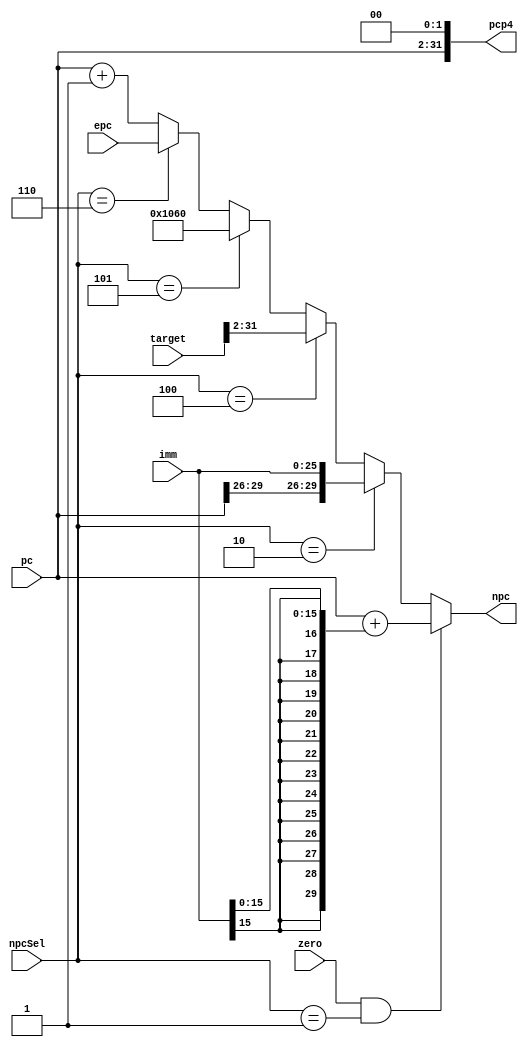
module npc(pc, imm, target, epc, npcSel, zero, npc, pcp4);
    input [31:2] pc, epc;
    input [25:0] imm;
    input [31:0] target;
    input [2:0] npcSel; 
    input zero;
    output [31:2] npc;
    output [31:0] pcp4;

    parameter except = 32'h00004180;

    assign pcp4 = {pc, 2'b00};
    assign npc = (zero && npcSel == 3'b001) ? pc + {{14{imm[15]}}, imm[15:0]} :  //beq
                         (npcSel == 3'b010) ? {pc[31:28], imm} :                 //j jal
                         (npcSel == 3'b100) ? target[31:2] :                     //jr
                         (npcSel == 3'b101) ? except[31:2] :                     //to exception
                         (npcSel == 3'b110) ? epc :                              //epc
                                              pc + 1;

endmodule